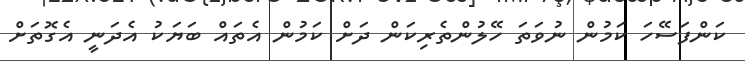
ކަންފަސޭހަ ކަމުން ނުވަތަ ހޭލުންތެރިކަން ދަށް ކަމުން އެތައް ބަޔަކު އެދަނީ އެގޮތަށް